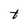
Character: t